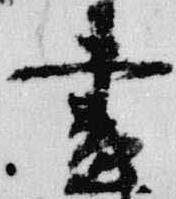
昼